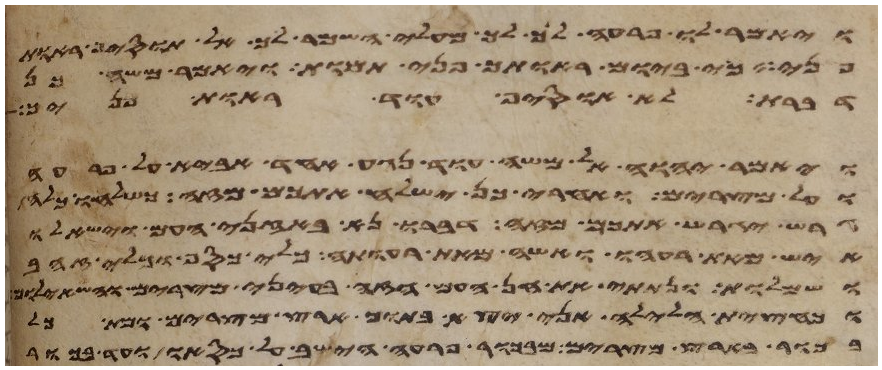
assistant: ויאמר לו פרעה לך לך מעלי השמר לך אל תוסיף ראות
פני כי ביום ראותך פני תמות ויאמר משה כן
דברת לא אוסיף עוד ראות פניך
ויאמר יהוה אל משה עוד נגע אחד אביא על פרעה
ועל מצרים ואחרי כן ישלח אתכם מזה כשלחו כלה
גרש יגרש אתכם מזה דברו נא באזני העם וישאלו
איש מאת רעהו ואשה מאת רעותה כלי כסף וכלי זהב
ושמלות ונתתי את חן העם הזה בעיני מצרים והשאלום
וכחצית הלילה אני יצא בתוך ארץ מצרים ומת כל
בכור בארץ מצרים מבכור פרעה הישב על כסאו ועד בכור